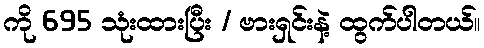
ကို 695 သုံးထားပြီး / ဗားရှင်းနဲ့ ထွက်ပါတယ်။